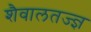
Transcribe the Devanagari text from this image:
शैवालतज्ज्ञ